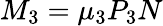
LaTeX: M_{3}=\mu_{3}P_{3}N